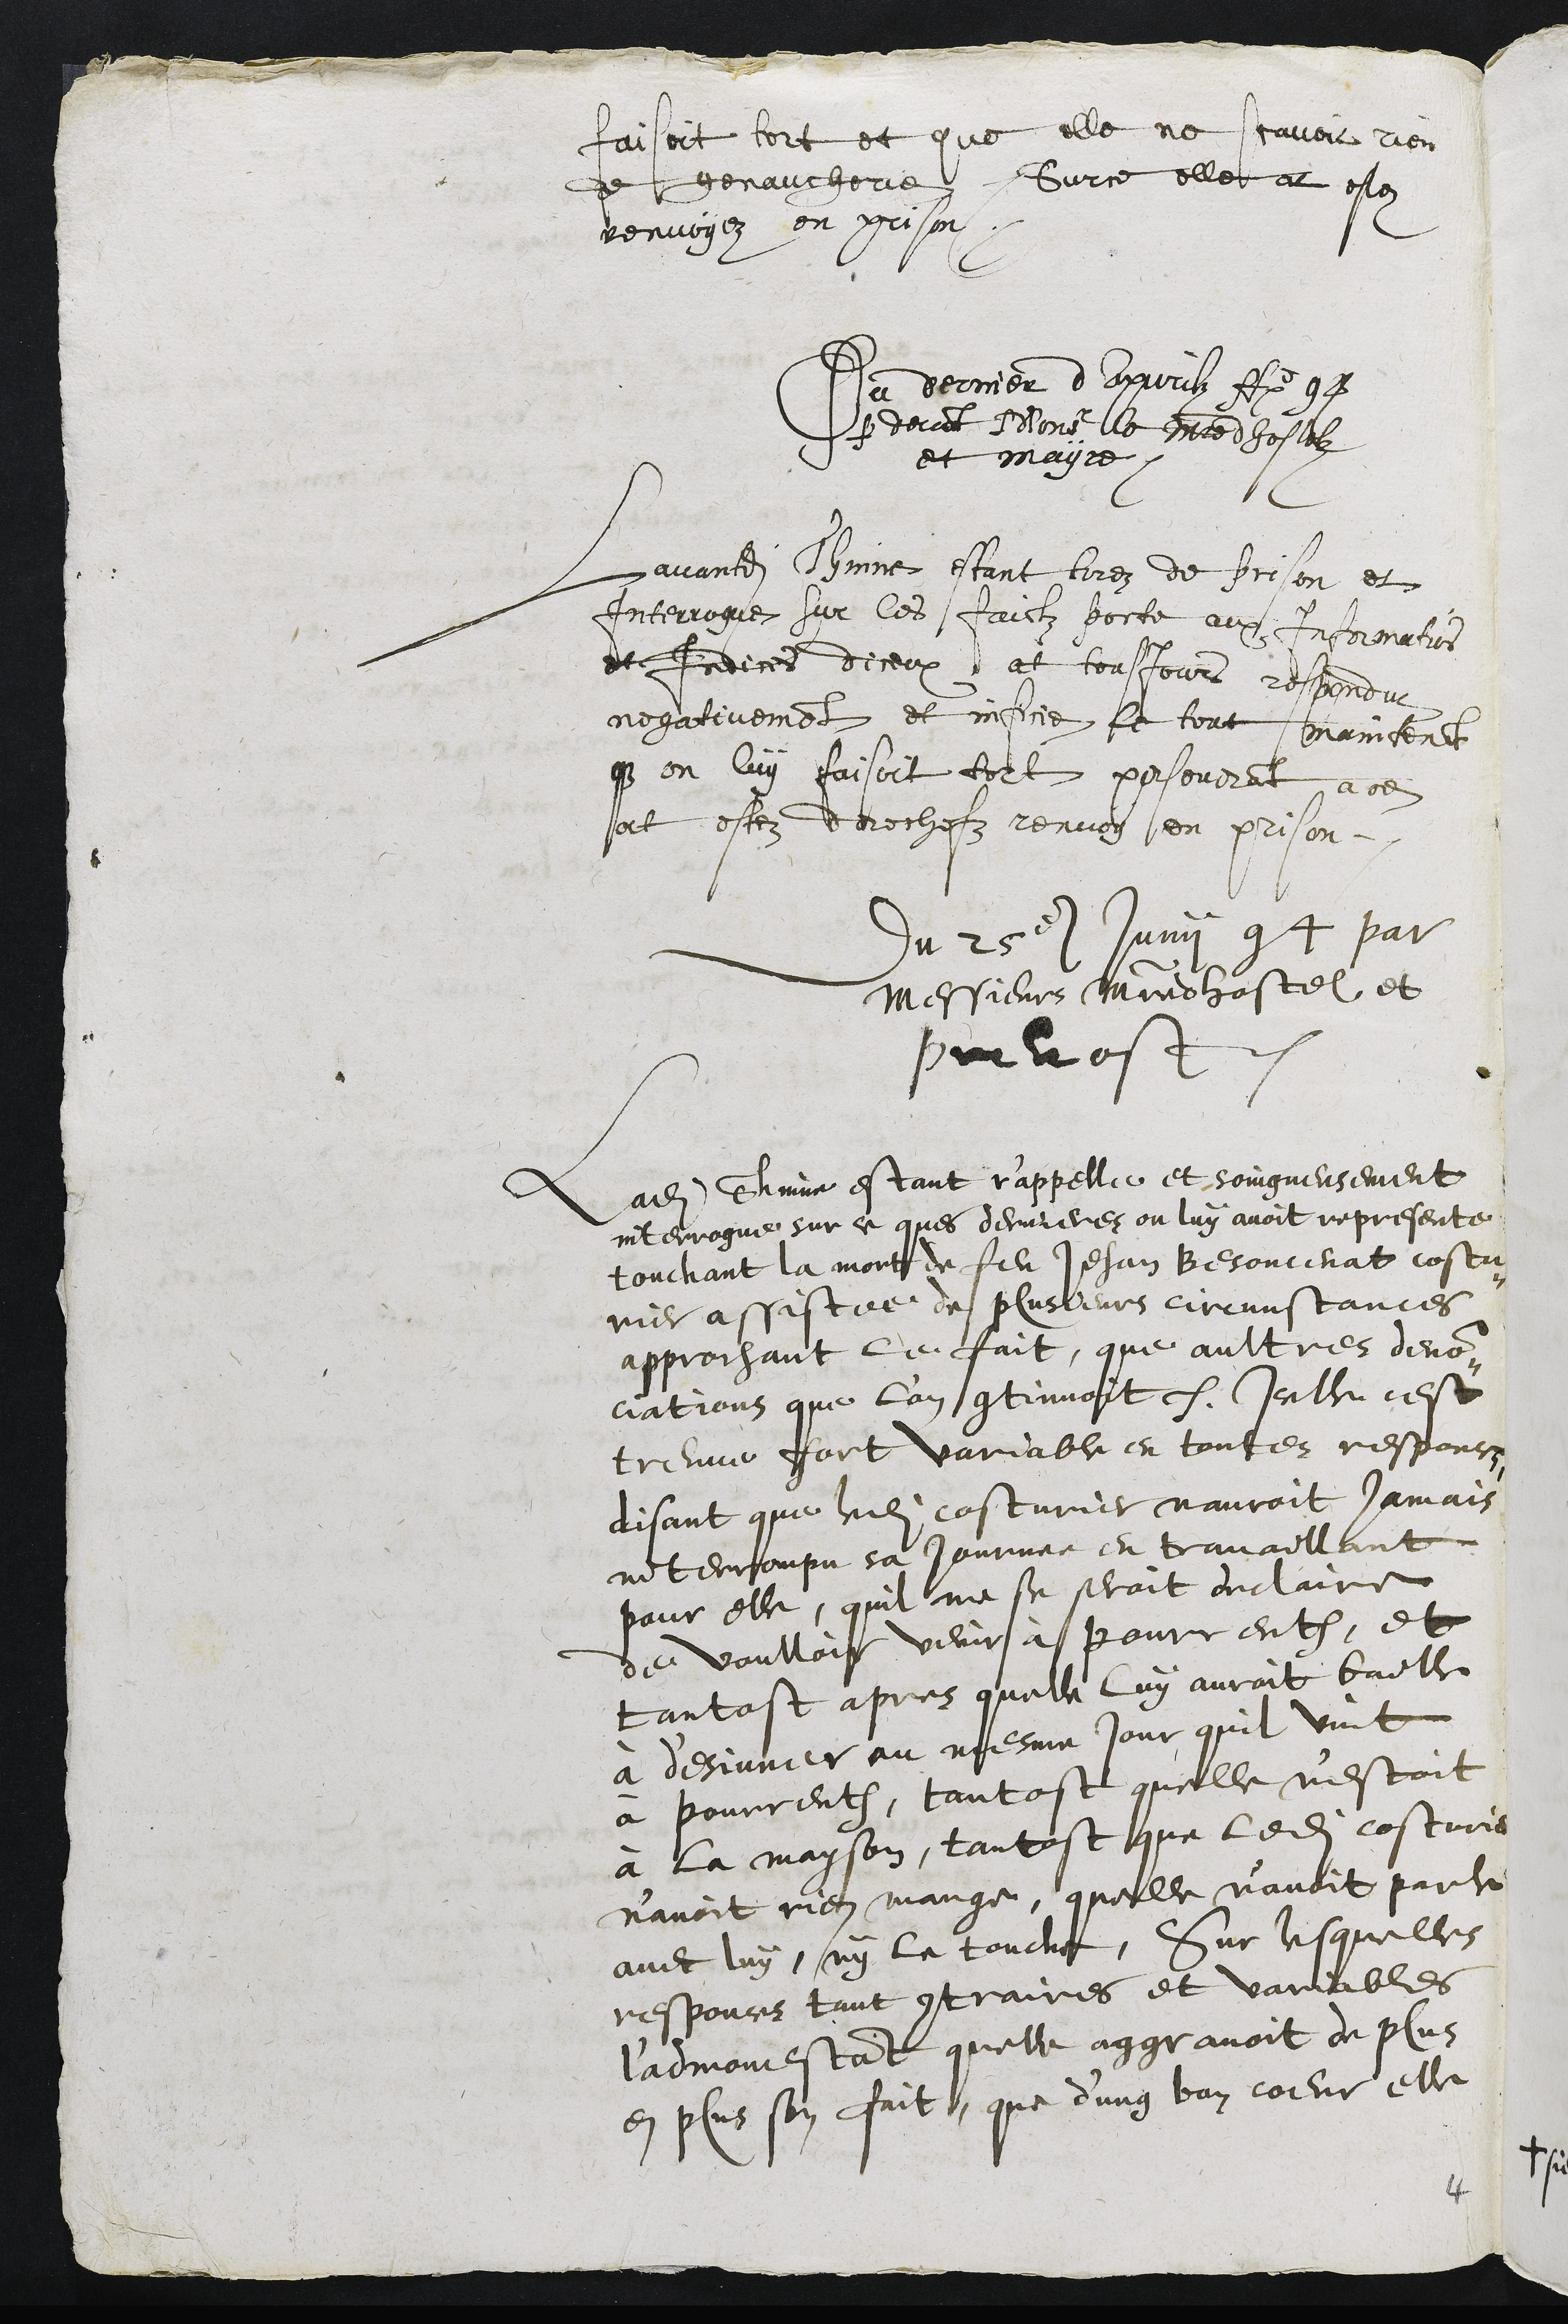
faisoit tort et que elle ne scavoit rien
de genaucherie. Sur ce elle at estez
renvoyez en prison.
Du dernier d'Avril Ao 94
par devant Monsr le Maistre dhostelz
et mayre.
Lavandit Thinne estant tirez de prison et
Interrogue sur les faictz porte aux Informations
et indices diceux at tousjours respondu
negativement et inficie le tout maintenant
que on luy faisoit tort perseverant a ce
at estez derechefz renvoy en prison.
Du 25e Junii 94 par
Messieurs maitre hostel, et
prevost.
Ladite Thinne estant r'appelle et soingneusement
interrogue sur ce ques dernieres on luy avoit represente
touchant la mort de feu Jehan Besoncenat costu¬
rier assistee de plusieurs circunstances
approchant le fait, que aultres denon¬
ciations que l'on continuoit, Icelle cest
treuve fort variable en toutes responces
disant que ledit costurier nauroit jamais
interrompu sa journee en travaillant
pour elle, quil ne se seroit declaire
de voulloir venir à Pourrentruy, et
tantost apres quelle luy auroit baille
à d'esjuner au mesme jour quil vint
à Pourrentruy, tantost quelle n'estoit
à la mayson, tantost que ledit costurier
n'avoit rien mange, quelle n'avoit parle
avec luy, ny le touche, Sur lesquelles
responces tant contraires et variables
l'admonestant quelle aggravoit de plus
en plus son fait, que d'ung bon coeur elle

4